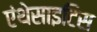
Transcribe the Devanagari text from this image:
एंथेसाइटिस